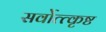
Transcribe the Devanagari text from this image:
सर्वोत्त्कृष्ट